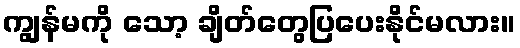
ကျွန်မကို သော့ ချိတ်တွေပြပေးနိုင်မလား။